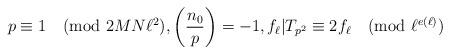
LaTeX: \begin{align*} p\equiv 1\pmod{2MN\ell^2}, \left(\frac{n_0}{p}\right)=-1, f_{\ell}|T_{p^2}\equiv 2f_{\ell} \pmod{\ell^{e(\ell)}}\end{align*}